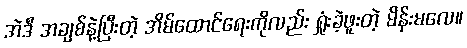
အဲဒီ အချစ်နဲ့ပြီးတဲ့ အိမ်ထောင်ရေးကိုလည်း ရှုံးခဲ့ဖူးတဲ့ မိန်းမလေ။